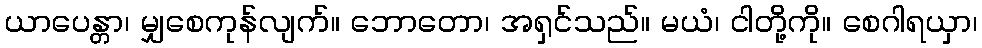
ယာပေန္တာ၊ မျှစေကုန်လျက်။ ဘောတော၊ အရှင်သည်။ မယံ၊ ငါတို့ကို။ စေဂါရယှာ၊